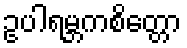
ဥပါရမ္ဘကစိတ္တော